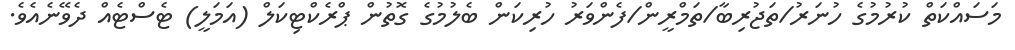
މަސައްކަތް ކުރުމުގެ ހުނަރު/ތަޖުރިބާ/ތަމްރީން/ފެންވަރު ހުރިކަން ބެލުމުގެ ގޮތުން ޕްރެކްޓިކަލް (އަމަލީ) ޓެސްޓެއް ދެވޭނެއެވެ.